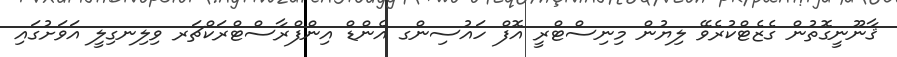
ޤާނޫނީގޮތުން ގެޒެޓްކުރެވޭ ލިޔުން މިނިސްޓްރީ އޮފް ހައުސިންގ އެންޑް އިންފްރާސްޓްރަކްޗަރ ވިލިނގިލީ އަވަށުގައި